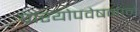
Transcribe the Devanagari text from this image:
प्रारयोपवेषनाने